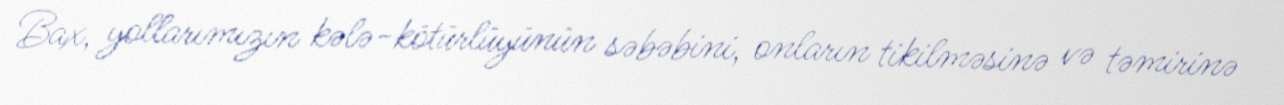
Bax, yollarımızın kələ-kötürlüyünün səbəbini, onların tikilməsinə və təmirinə